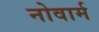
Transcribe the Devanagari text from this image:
नोवार्म